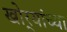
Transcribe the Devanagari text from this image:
खोर्‍यांच्या